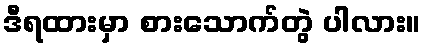
ဒီရထားမှာ စားသောက်တွဲ ပါလား။